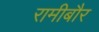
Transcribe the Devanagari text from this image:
रामीबौर